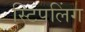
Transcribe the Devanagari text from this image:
स्टिपलिंग